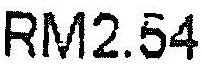
RM2.54